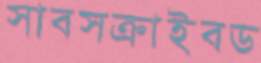
সাবসক্রাইবড